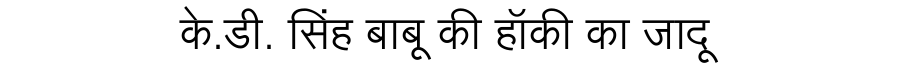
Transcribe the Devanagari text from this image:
के.डी. सिंह बाबू की हॉकी का जादू